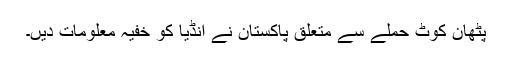
پٹھان کوٹ حملے سے متعلق پاکستان نے انڈیا کو خفیہ معلومات دیں۔